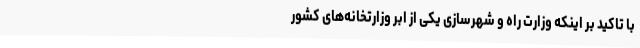
با تاکید بر اینکه وزارت راه و شهرسازی یکی از ابر وزارتخانه‌های کشور